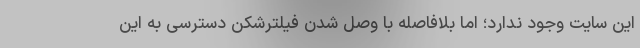
این سایت وجود ندارد؛ اما بلافاصله با وصل شدن فیلترشکن دسترسی به این